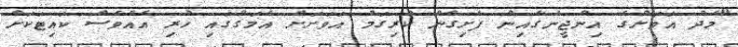
"މެދު އަވަށުގެ އިންޖީނުގެއިން ފެށިގެން ކުރިގަމު އަވަށަށް އެމަގުގައި ހުރި އެއްވެސް ކައިޓަކަށް